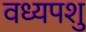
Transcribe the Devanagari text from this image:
वध्यपशु